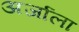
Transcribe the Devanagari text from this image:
अर्जाला